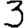
Digit: 3